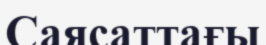
Саясаттағы